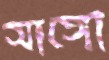
সাঙ্গো